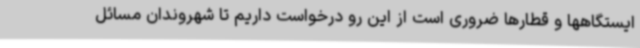
ایستگاهها و قطارها ضروری است از این رو درخواست داریم تا شهروندان مسائل